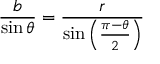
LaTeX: { \frac { b } { \sin \theta } } = { \frac { r } { \sin \left( { \frac { \pi - \theta } { 2 } } \right) } }